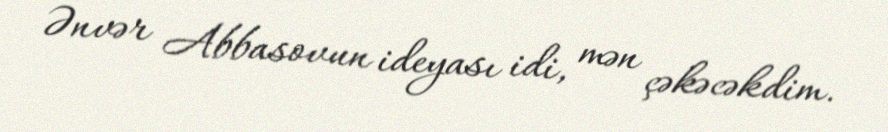
Ənvər Abbasovun ideyası idi, mən çəkəcəkdim.